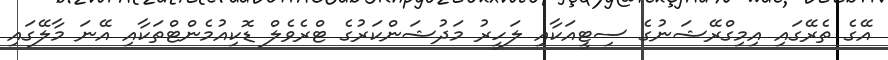
އޭގެ ތެރޭގައި އިމިގްރޭޝަނުގެ ސިޓީއަކާއި ލަހީރު މަދުޝަންކަރުގެ ޓްރެވެލް ޑޮކިއުމެންޓްތަކާއި އޭނަ މާލޭގައި